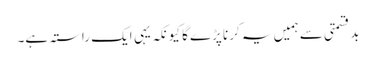
بدقسمتی سے ہمیں یہ کرنا پڑے گا کیونکہ یہی ایک راستہ ہے۔